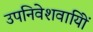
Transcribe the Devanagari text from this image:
उपनिवेशवायिों